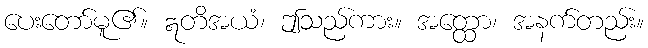
ပေးတော်မူ၏။ ဣတိအယံ၊ ဤသည်ကား။ အတ္ထော၊ အနက်တည်း။